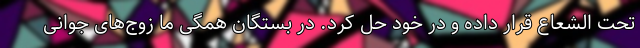
تحت الشعاع قرار داده و در خود حل کرد. در بستگان همگی ما زوج‌های جوانی